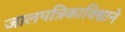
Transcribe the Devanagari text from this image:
जालपत्रिकाविश्वाने